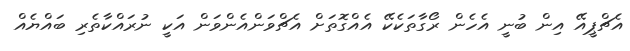
އެޗްޕީއޭ އިން ބުނީ އެހެން ރޯގާތަކެކޭ އެއްގޮތަށް އެޗްވަންއެންވަން އަކީ ނުރައްކާތެރި ބައްޔެއް